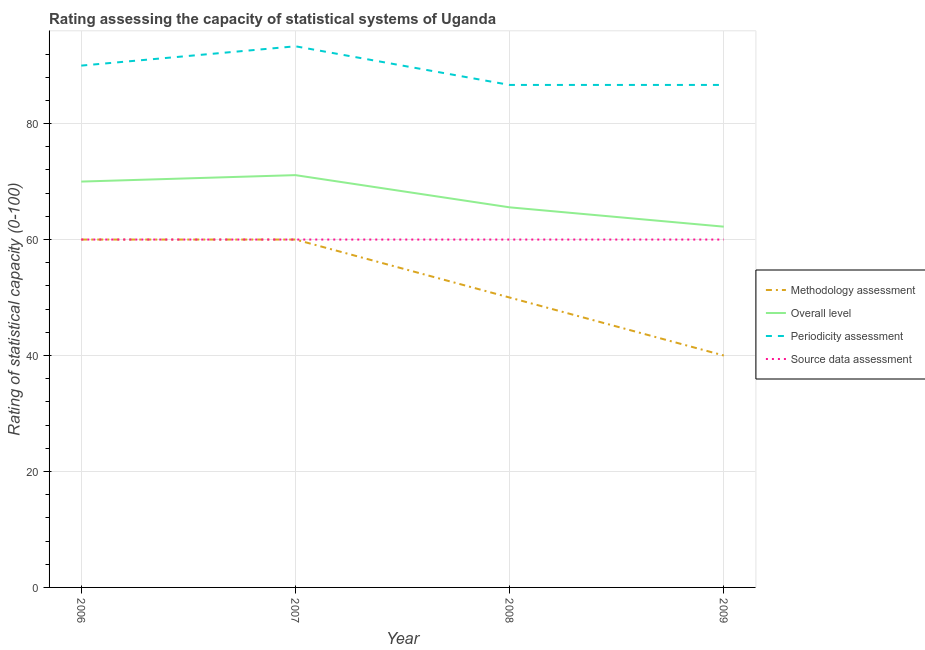
| Year | Methodology assessment | Overall level | Periodicity assessment | Source data assessment |
 | --- | --- | --- | --- | --- |
 | 2006 | 60 | 70 | 90 | 60 |
 | 2007 | 60 | 71.1 | 93.3 | 60 |
 | 2008 | 50 | 65.6 | 86.7 | 60 |
 | 2009 | 40 | 62.2 | 86.7 | 60 |